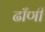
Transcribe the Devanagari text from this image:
ढाँणी